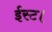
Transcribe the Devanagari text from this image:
ईस्ट।